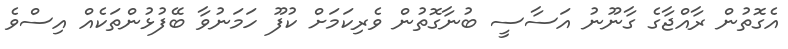
އެގޮތުން ރާއްޖާގެ ގާނޫނު އަސާސީ ބުނާގޮތުން ވެރިކަމަށް ކުފޫ ހަމަނުވާ ބޭފުޅުންތަކެއް އިސްވެ